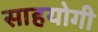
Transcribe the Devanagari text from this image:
साहयोगी